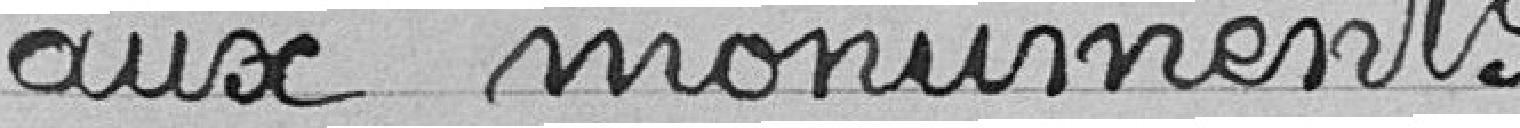
aux monuments